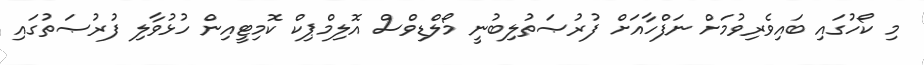
މި ކޯހުގައި ބައިވެރިވުމަށް ނަފްހާއަށް ފުރުޞަތުލިބުނީ މޯލްޑިވްސް އޮލިމްޕިކް ކޮމިޓީއިން ހުޅުވާލި ފުރުޞަތުގައި